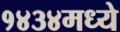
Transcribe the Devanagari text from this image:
१४३४मध्ये